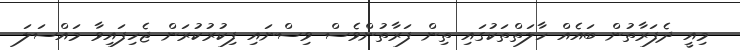
މިއީ ދެފަރާތުން ބައެއް ހާލަތްތަކުގައި ތިން ފަރާތުންވެސް ވިސްނައި ފިކުރުކުރަން ޖެހިފައިވާ މައްސަލަ